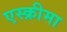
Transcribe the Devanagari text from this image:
एस्क्रीमा